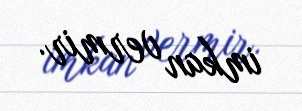
imkan vermir.